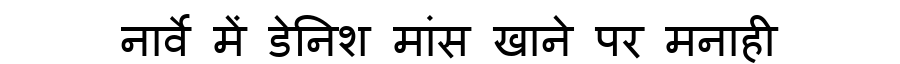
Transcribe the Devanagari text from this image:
नार्वे में डेनिश मांस खाने पर मनाही